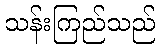
သန်းကြည်သည်